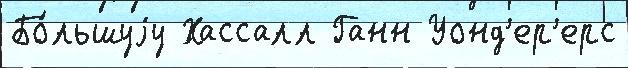
Бо́льшуjу Хассалл Ганн Уонд'ер'ерс